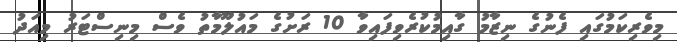
މިވެރިކަމުގައި ފެނުގެ ނިޒާމު ގާއިމުކުރެވިފައިވާ 10 ރަށުގެ މައުލޫމާތު ވެސް މިނިސްޓަރު މިއަދު